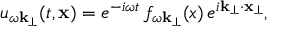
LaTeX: u _ { \omega \bf k _ { \perp } } ( t , { \bf x } ) = e ^ { - i \omega t } \, f _ { \omega { \bf k } _ { \perp } } ( x ) \, e ^ { i { \bf k } _ { \perp } \cdot { \bf x } _ { \perp } } ,